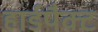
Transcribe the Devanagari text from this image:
हार्डपैक्ट